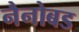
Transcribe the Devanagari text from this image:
नैनोबड